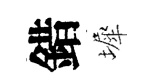
錯墀